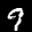
Label: 9